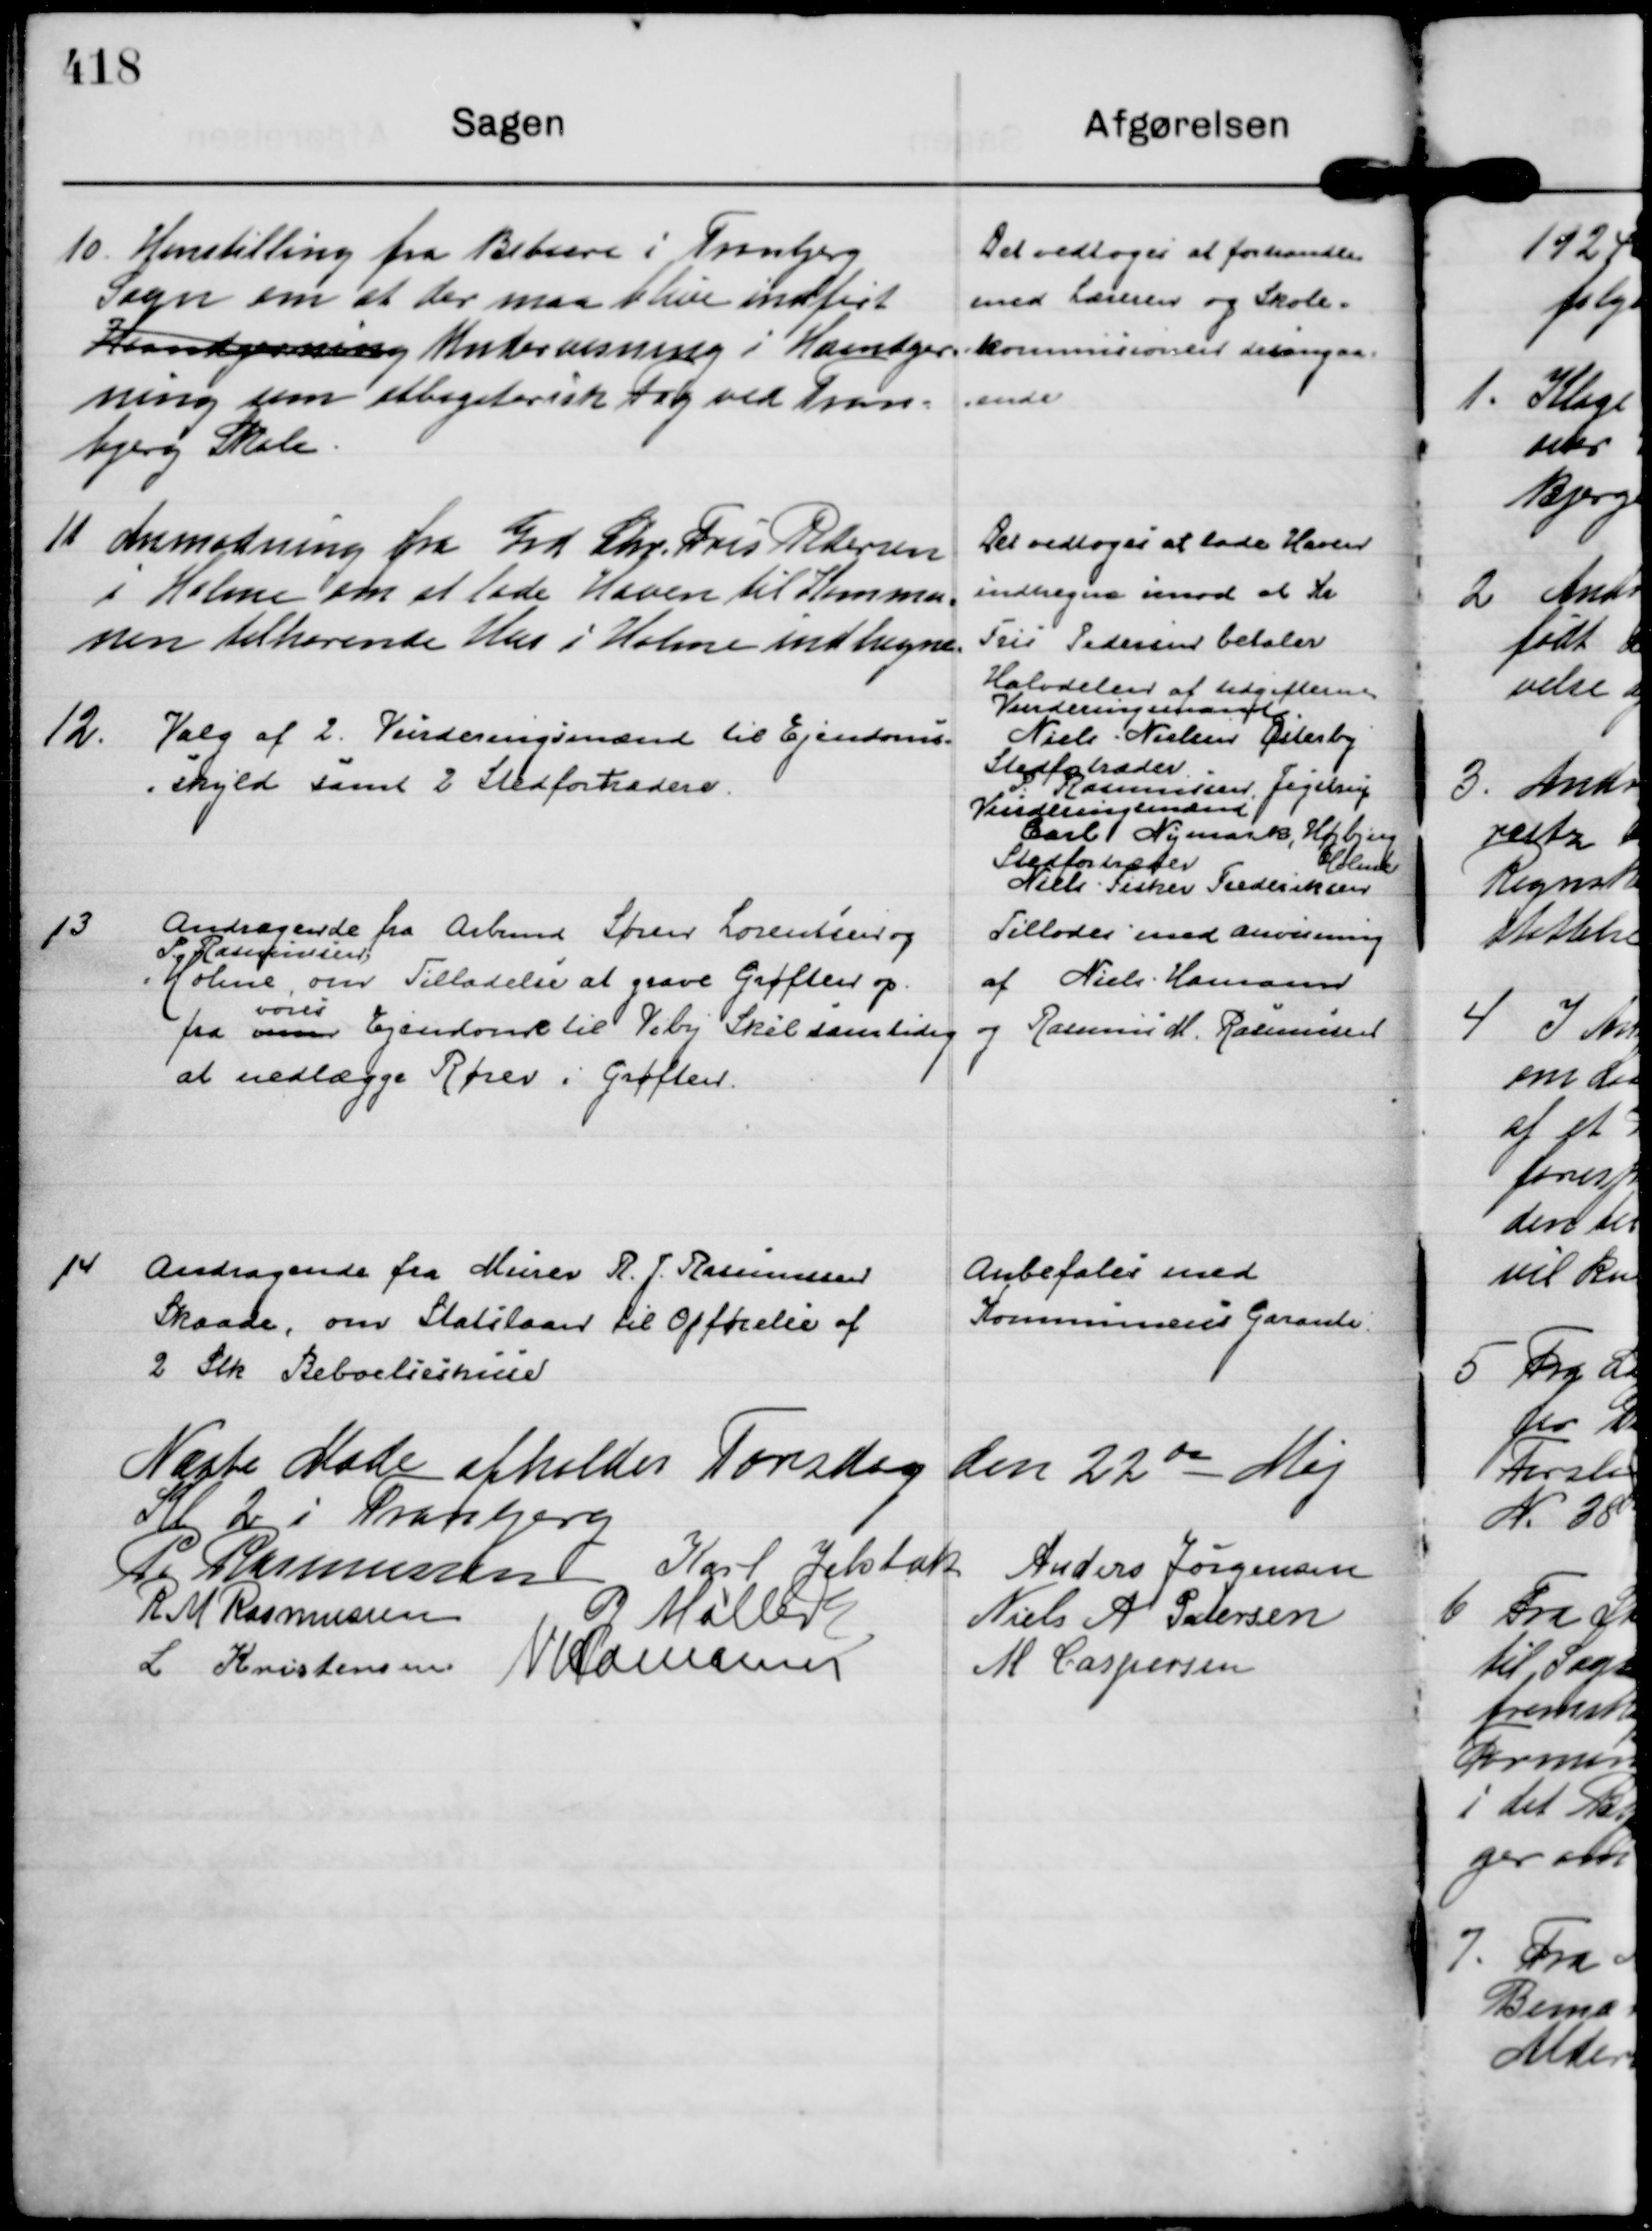
Transskription:
10.
Henstilling fra Beboere i Tranbjerg
Sogn om at der maa blive indført
Haandgerning Undervisning i Haandger=
ning som obbligatorisk Fag ved Tran=
bjerg Skole.

Det vedtoges at forhandle
med Læreren og Skole=
kommisionen desangaa=
=ende

11
Anmodning fra Grd Chr. Fris Pedersen
i Holme om at lade Haven til Kommu=
nen tilhørende Hus i Holme indhegne.

Det vedtoges at lade Haven
indhegne imod at Kr
Fris Pedersen betaler
Halvdelen af Udgifterne

12.
Valg af 2 Vurderingsmænd til Ejendoms=
=skyld samt 2 Stedfortrædere.

Vurderingsmand
Niels Nielsen Østerby 
Stedfortræder.
P. Rasmussen, Jegstrup 
Vurderingsmand
Carl Nymark, Højbjerg
Stedfortræder
Niels Fisker Frederiksen
Holme

13
Andragende fra Arbmd Søren Lorentsen og
P. Rasmussen,
Holme om Tilladelse at grave Grøften op
fra vassen 
vores
Ejendom til Viby Skel samtidig
at nedlægge Rører i Grøften.

Tillodes med anvisning
af Niels Hamann
og Rasmus M. Rasmussen

14
Andragende fra Murer R. J. Rasmussen
Skaade, om Statslaan til Opførelse af
2 stk Beboelseshuse

Anbefales med
Kommunens Garanti.

Næste Møde afholdes Torsdag den 22 de Maj 
Kl 2 i Tranbjerg
P. Rasmussen
Karl Jelsbak
Anders Jørgensen
R M Rasmussen
G Møller
Niels A Pedersen
L Kristensen
N Hamann
M Caspersen